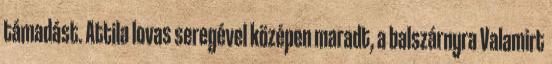
támadást. Attila lovas seregével középen maradt, a balszárnyra Valamirt